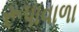
રૂપાવાળા